Investigations into the jail dietaries of the United Provinces with some observations on the influence of dietary on the physical development and well-being of the people of the United Provinces - Number 48
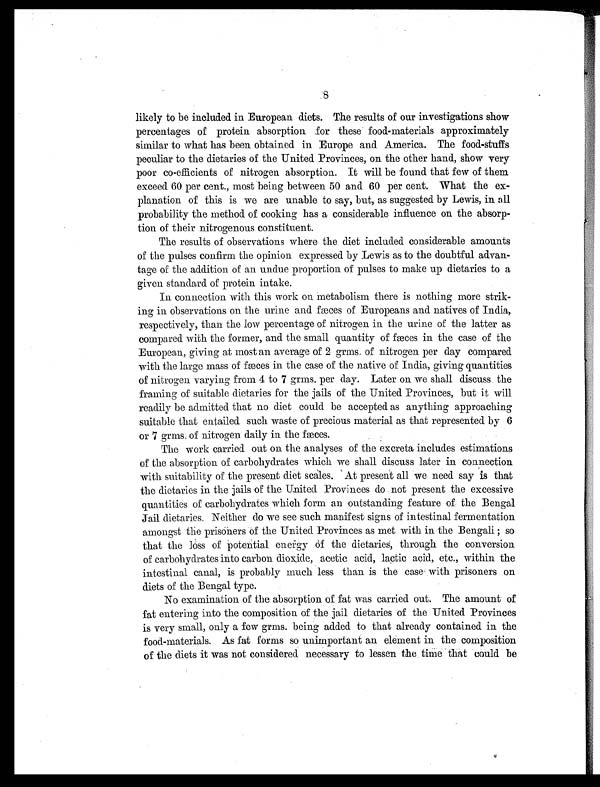
likely to be included in European diets. The results of our investigations show
percentages of protein absorption for these food-materials approximately
similar to what has been obtained in Europe and America. The food-stuffs
peculiar to the dietaries of the United Provinces, on the other hand, show very
poor co-efficients of nitrogen absorption. It will be found that few of them
exceed 60 per cent., most being between 50 and 60 per cent. What the ex-
planation of this is we are unable to say, but, as suggested by Lewis, in all
probability the method of cooking has a considerable influence on the absorp-
tion of their nitrogenous constituent.
The results of observations where the diet included considerable amounts
of the pulses confirm the opinion expressed by Lewis as to the doubtful advan-
tage of the addition of an undue proportion of pulses to make up dietaries to a
given standard of protein intake.
In connection with this work on metabolism there is nothing more strik-
ing in observations on the urine and fæces of Europeans and natives of India,
respectively, than the low percentage of nitrogen in the urine of the latter as
compared with the former, and the small quantity of fæces in the case of the
European, giving at most an average of 2 grms. of nitrogen per day compared
with the large mass of fæces in the case of the native of India, giving quantities
of nitrogen varying from 4 to 7 grms. per day. Later on we shall discuss the
framing of suitable dietaries for the jails of the United Provinces, but it will
readily be admitted that no diet could be accepted as anything approaching
suitable that entailed such waste of precious material as that represented by 6
or 7 grms. of nitrogen daily in the fæces.
The work carried out on the analyses of the excreta includes estimations
of the absorption of carbohydrates which we shall discuss later in connection
with suitability of the present diet scales. ' At present all we need say is that
the dietaries in the jails of the United. Provinces do not present the excessive
quantities of carbohydrates which form an outstanding feature of the Bengal
Jail dietaries. Neither do we see such manifest signs of intestinal fermentation
amongst the prisoners of the United Provinces as met with in the Bengali so
that the loss of potential energy Of the dietaries, through the conversion
of carbohydrates into carbon dioxide, acetic acid, lactic acid, etc., within the
intestinal canal, is probably much less than is the case with prisoners on
diets of the Bengal type.
No examination of the absorption of fat was carried out. The amount of
fat entering into the composition of the jail dietaries of the United Provinces
is very small, only a few grms. being added to that already contained in the
food-materials. As fat forms so unimportant an element in the composition
of the diets it was not considered necessary to lessen the time - that could be